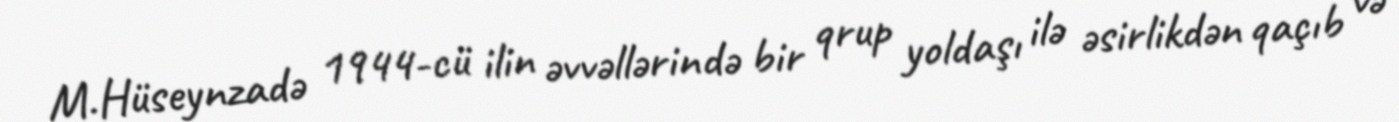
M.Hüseynzadə 1944-cü ilin əvvəllərində bir qrup yoldaşı ilə əsirlikdən qaçıb və